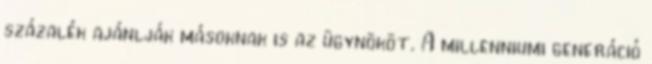
százalék ajánlják másoknak is az ügynököt. A millenniumi generáció